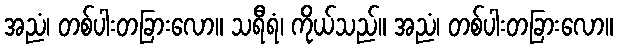
အညံ၊ တစ်ပါးတခြားလော။ သရီရံ၊ ကိုယ်သည်။ အညံ၊ တစ်ပါးတခြားလော။